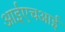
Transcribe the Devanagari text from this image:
आईएचआई